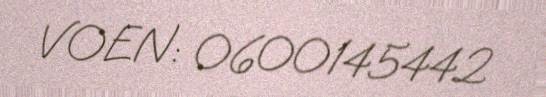
VOEN: 0600145442